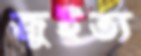
জুইত্য